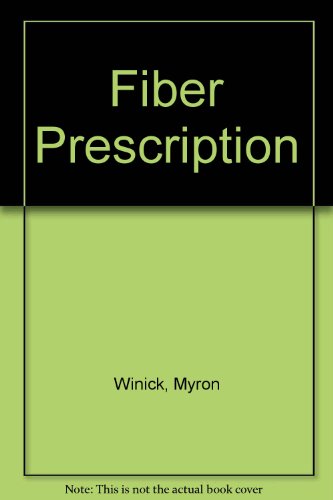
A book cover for The Fiber Prescription; Dr. Myron Winick; Health, Fitness & Dieting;